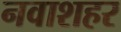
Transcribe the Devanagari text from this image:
नवाशहर